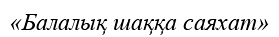
«Балалық шаққа саяхат»